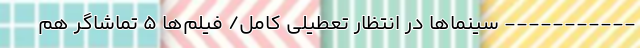
----------- سینماها در انتظار تعطیلیِ کامل/ فیلم‌ها ۵ تماشاگر هم